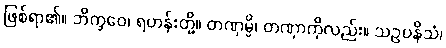
ဖြစ်ရာ၏။ ဘိက္ခဝေ၊ ရဟန်းတို့။ တဏှမ္ပိ၊ တဏှာကိုလည်း။ သဥပနိသံ၊